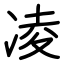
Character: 凌